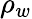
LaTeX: \rho_{w}